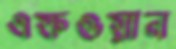
এফওয়ান